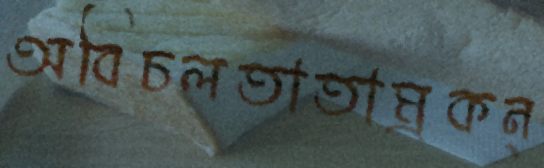
অবিচলতাতাম্রকন্